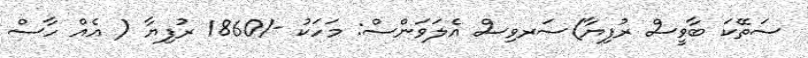
ސަތޭކަ ބާވީސް ރުފިޔާ)ސަރވިސް އެލަވަންސް: މަހަކު -/1860 ރުފިޔާ ( އެއް ހާސް